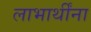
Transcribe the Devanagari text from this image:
लाभार्थींना